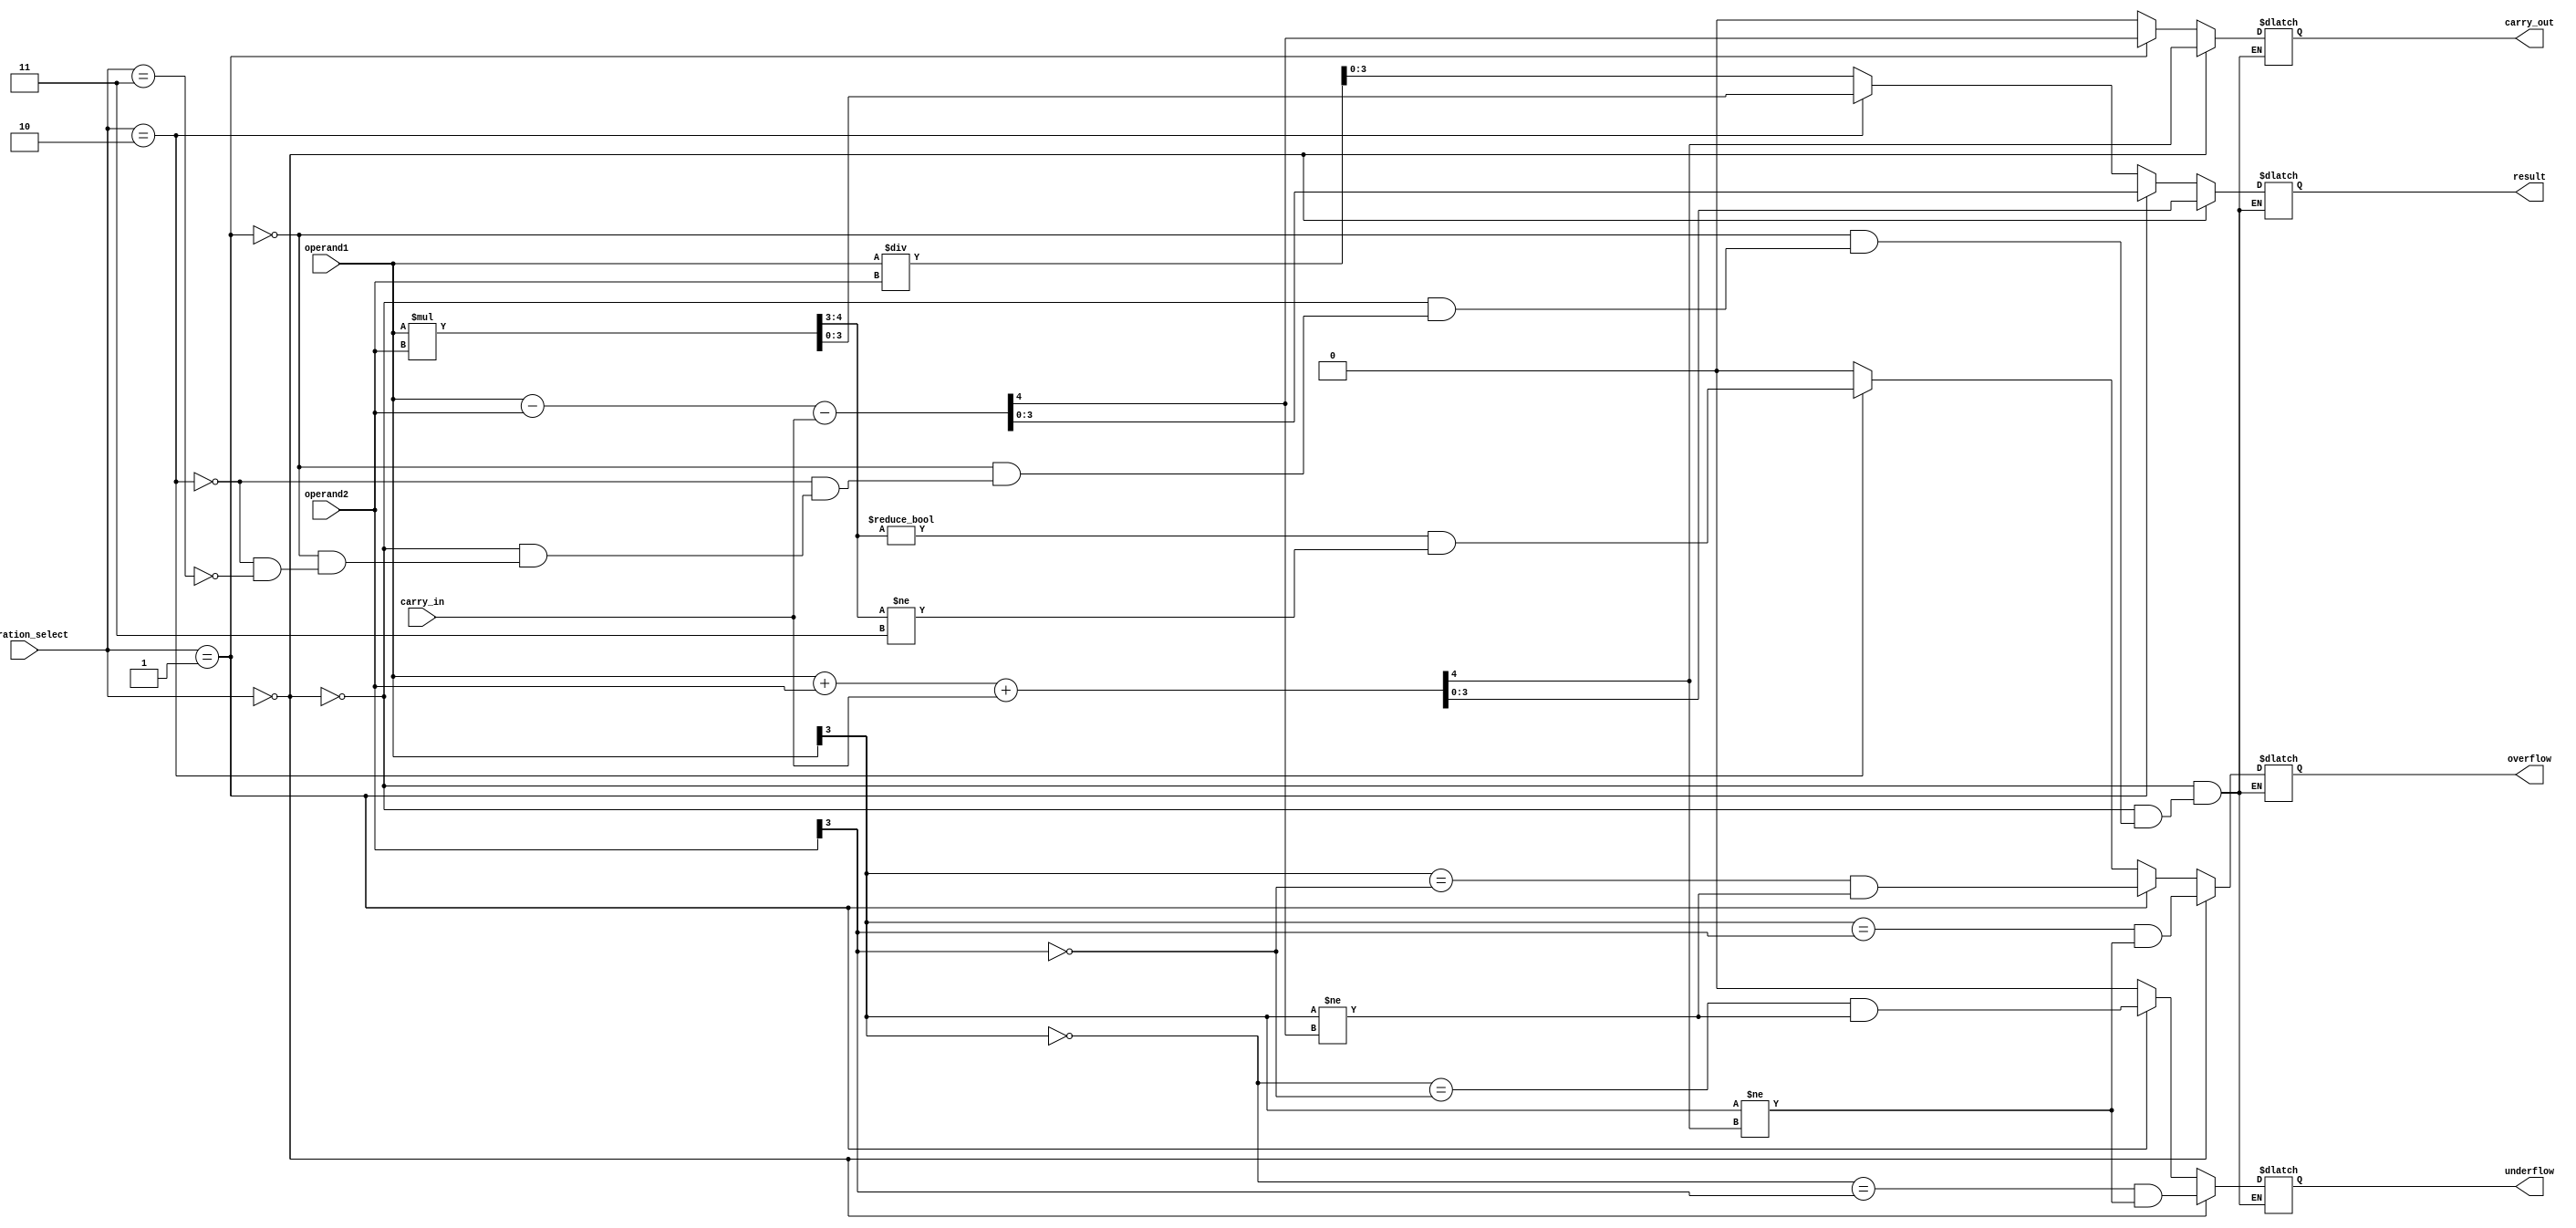
module ALU_4bit (
    input [3:0] operand1,
    input [3:0] operand2,
    input [2:0] operation_select, // 000: add, 001: subtract, 010: multiply, 011: divide
    input carry_in,
    output [3:0] result,
    output carry_out,
    output overflow,
    output underflow
);

reg [4:0] temp_result;
reg carry;
reg sign1;
reg sign2;
reg op_add, op_sub, op_mul, op_div;

assign sign1 = operand1[3];
assign sign2 = operand2[3];
assign op_add = (operation_select == 3'b000);
assign op_sub = (operation_select == 3'b001);
assign op_mul = (operation_select == 3'b010);
assign op_div = (operation_select == 3'b011);

always @(*) begin
    if(op_add) begin
        temp_result = operand1 + operand2 + carry_in;
        carry_out = (temp_result[4] == 1);
        overflow = (sign1 == sign2) && (sign1 != temp_result[4]);
        underflow = (~sign1 == sign2) && (sign1 != temp_result[4]);
    end else if(op_sub) begin
        temp_result = operand1 - operand2 - carry_in;
        carry_out = (temp_result[4] == 1);
        overflow = (sign1 == ~sign2) & (sign1 != temp_result[4]);
        underflow = (~sign1 == ~sign2) & (sign1 != temp_result[4]);
    end else if(op_mul) begin
        temp_result = operand1 * operand2;
        carry_out = 0;
        overflow = (temp_result[4:3] != 2'b00) && (temp_result[4:3] != 2'b11);
        underflow = 0;
    end else if(op_div) begin
        temp_result = operand1 / operand2;
        carry_out = 0;
        overflow = 0;
        underflow = 0;
    end
end

assign result = temp_result[3:0];

endmodule